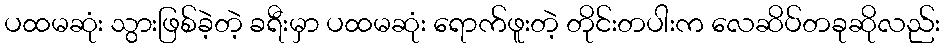
ပထမဆုံး သွားဖြစ်ခဲ့တဲ့ ခရီးမှာ ပထမဆုံး ရောက်ဖူးတဲ့ တိုင်းတပါးက လေဆိပ်တခုဆိုလည်း